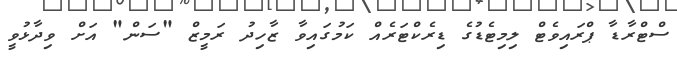
ސްޓްރާޑާ ޕްރައިވެޓް ލިމިޓެޑުގެ ޑިރެކްޓަރެއް ކަމުގައިވާ ޒާހިދު ރަމީޒް "ސަން" އަށް ވިދާޅުވީ